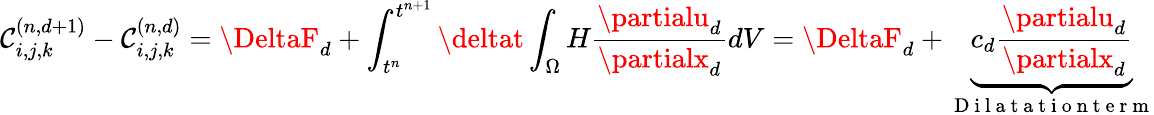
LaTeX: \mathcal{C}_{i,j,k}^{(n,d+1)}-\mathcal{C}_{i,j,k}^{(n,d)}=\DeltaF_{d}+\int_{t^{n}}^{t^{n+1}}\deltat\int_{\Omega}H\frac{{\partialu_{d}}}{{\partialx_{d}}}dV=\DeltaF_{d}+\underbrace{{c_{d}\frac{{\partialu_{d}}}{{\partialx_{d}}}}}_{\mathrm{{~D~i~l~a~t~a~t~i~o~n~t~e~r~m~}}}